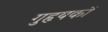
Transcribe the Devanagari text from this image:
गुहृयकों